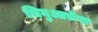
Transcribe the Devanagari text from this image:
सिगुआतेरा